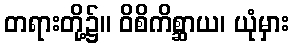
တရားတို့၌။ ဝိစိကိစ္ဆာယ၊ ယုံမှား